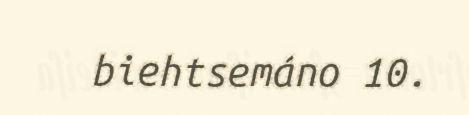
biehtsemáno 10.